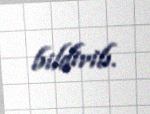
bildirib.